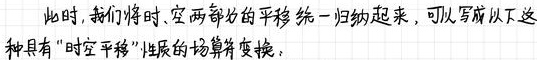
此时, 我们将时、空两部分的平移统一归纳起来, 可以写成以下这种具有 “时空平移” 性质的场算符变换: